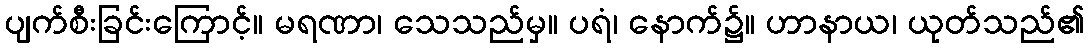
ပျက်စီးခြင်းကြောင့်။ မရဏာ၊ သေသည်မှ။ ပရံ၊ နောက်၌။ ဟာနာယ၊ ယုတ်သည်၏